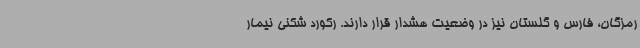
رمزگان، فارس و گلستان نیز در وضعیت هشدار قرار دارند. رکورد شکنی نیمار